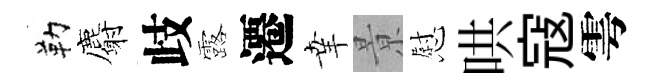
勒麝歧露遷𦍒㬌慰哄寇雩